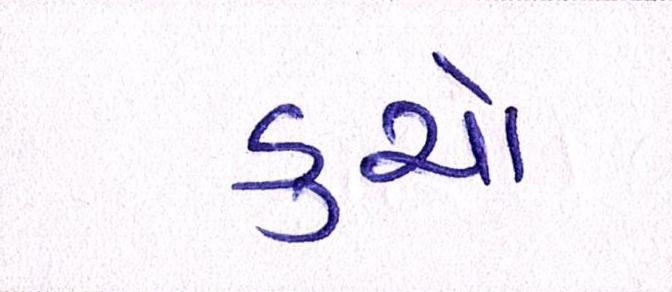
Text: ડુચો